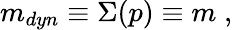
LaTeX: m_{dyn}\equiv\Sigma(p)\equiv m\; ,